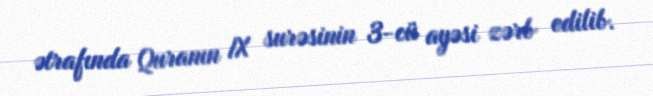
ətrafında Quranın IX surəsinin 3-cü ayəsi zərb edilib.